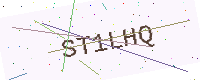
Text: ST1LHQ